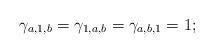
LaTeX: \begin{align*}\gamma_{a,1,b}=\gamma_{1,a,b}=\gamma_{a,b,1}=1;\end{align*}